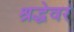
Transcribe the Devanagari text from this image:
श्रद्धेवर